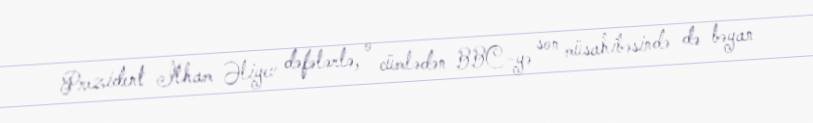
Prezident İlham Əliyev dəfələrlə, o cümlədən BBC-yə son müsahibəsində də bəyan